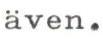
även.